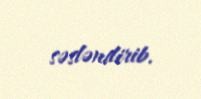
səsləndirib.